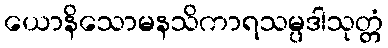
ယောနိသောမနသိကာရသမ္ပဒါသုတ္တံ